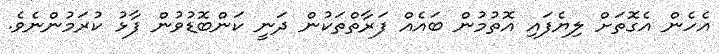
އެހެން އެގޮތަށް ލިޔެފައި އޮތުމުން ބައެއް ފަރާތްތަކުން ދަނީ ކަންބޮޑުވުން ފާޅު ކުރަމުންނެވެ.